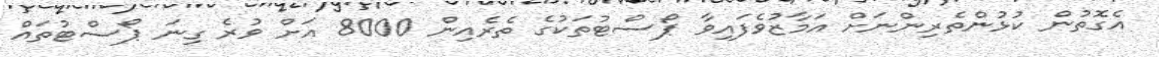
އެގޮތުން ކުޅުންތެރިންނަށް އަމާޒުވެފައިވާ ޕޯސްޓުތަކުގެ ތެރެއިން 8000 އަށް ވުރެ ގިނަ ޕޯސްޓުތައް